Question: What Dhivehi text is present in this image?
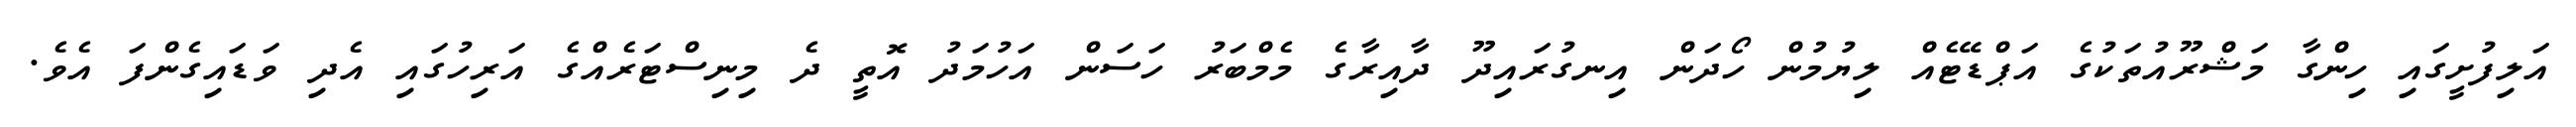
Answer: އަލިފުށީގައި ހިންގާ މަޝްރޫއުތަކުގެ އަޕްޑޭޓެއް ލިޔުމުން ހޯދަން އިނގުރައިދޫ ދާއިރާގެ މެމްބަރު ހަސަން އަހުމަދު އޮތީ ދެ މިނިސްޓަރެއްގެ އަރިހުގައި އެދި ވަޑައިގެންފަ އެވެ.